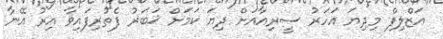
އަޒްލިފް މިދިޔަ އަހަރު ސީރިއާއަށް ދިޔަ ކަމަށް ޚަބަރު ފެތުރިފައިވާ އިރު އޭނާ